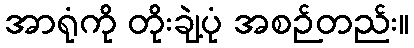
အာရုံကို တိုးချဲ့ပုံ အစဉ်တည်း။